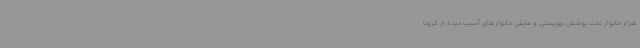
هزار خانوار تحت پوشش بهزیستی و مابقی خانوارهای آسیب دیده از کرونا